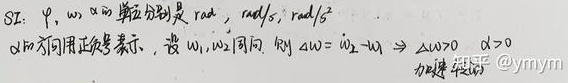
注：\(\varphi,\omega,\alpha\)的单位分别是\(\text{rad},\text{rad/s},\text{rad/s}^2\)。\(\alpha\)方向用正负表示，设\(\omega_1,\omega_2\)同向，则\(\Delta\omega=\omega_2 - \omega_1\Rightarrow\Delta\omega>0,\alpha>0\)。 加建 知乎@ymym